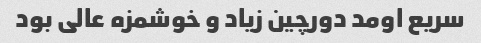
سریع اومد دورچین زیاد و خوشمزه عالی بود